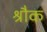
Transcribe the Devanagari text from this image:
श्रौक